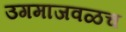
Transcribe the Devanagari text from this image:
उगमाजवळच